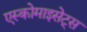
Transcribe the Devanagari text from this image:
एस्कोमाइसेट्स